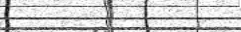
١٦٣